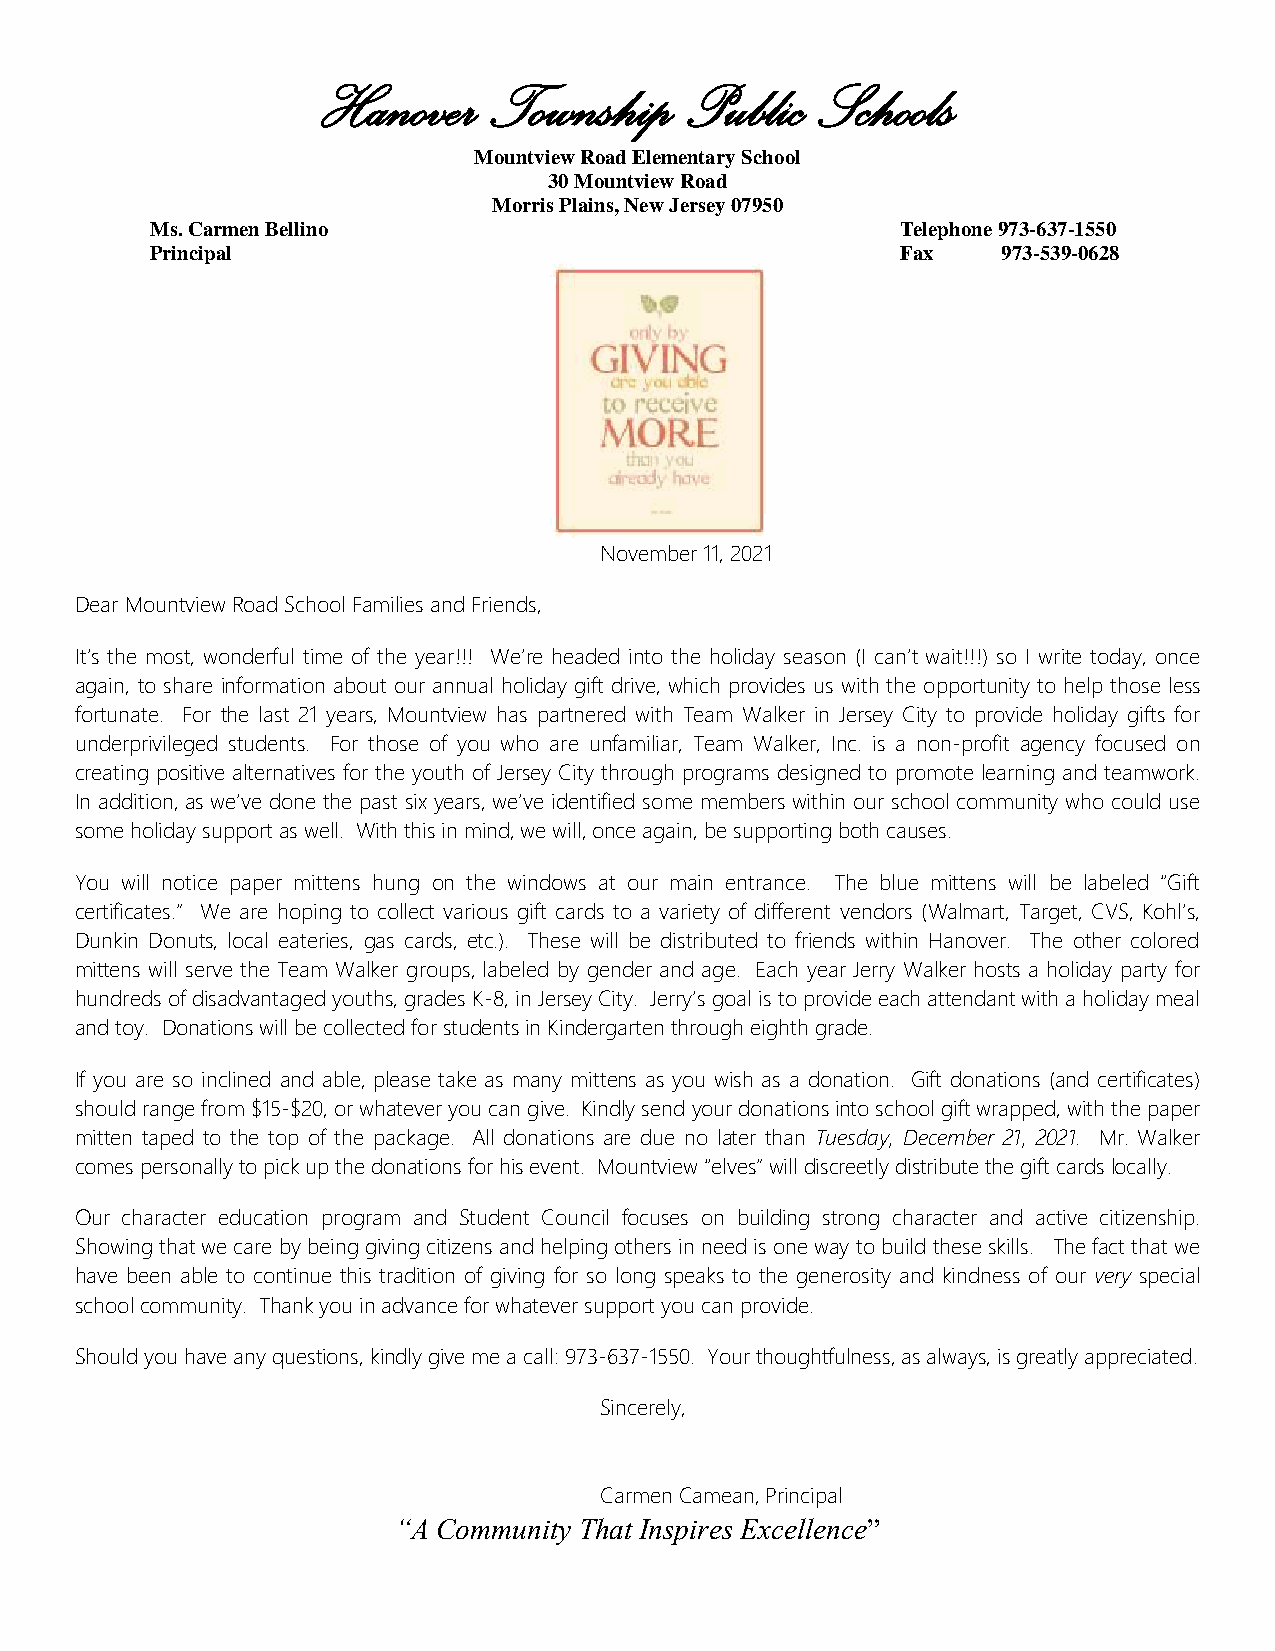
Hanover    Township     Public   Schools
 Mountview Road Elementary School
 30 Mountview Road
 Morris Plains, New Jersey 07950
 Ms. Carmen Bellino                                Telephone 973-637-1550
 Principal                                         Fax   973-539-0628
 November 11, 2021
 Dear Mountview Road School Families and Friends,
 It’s the most, wonderful time of the year!!! We’re headed into the holiday season (I can’t wait!!!) so I write today, once
 again, to share information about our annual holiday gift drive, which provides us with the opportunity to help those less
 fortunate. For the last 21 years, Mountview has partnered with Team Walker in Jersey City to provide holiday gifts for
 underprivileged students. For those of you who are unfamiliar, Team Walker, Inc. is a non-profit agency focused on
 creating positive alternatives for the youth of Jersey City through programs designed to promote learning and teamwork.
 In addition, as we’ve done the past six years, we’ve identified some members within our school community who could use
 some holiday support as well. With this in mind, we will, once again, be supporting both causes.
 You will notice paper mittens hung on the windows at our main entrance. The blue mittens will be labeled “Gift
 certificates.” We are hoping to collect various gift cards to a variety of different vendors (Walmart, Target, CVS, Kohl’s,
 Dunkin Donuts, local eateries, gas cards, etc.). These will be distributed to friends within Hanover. The other colored
 mittens will serve the Team Walker groups, labeled by gender and age. Each year Jerry Walker hosts a holiday party for
 hundreds of disadvantaged youths, grades K-8, in Jersey City. Jerry’s goal is to provide each attendant with a holiday meal
 and toy. Donations will be collected for students in Kindergarten through eighth grade.
 If you are so inclined and able, please take as many mittens as you wish as a donation. Gift donations (and certificates)
 should range from $15-$20, or whatever you can give. Kindly send your donations into school gift wrapped, with the paper
 mitten taped to the top of the package. All donations are due no later than Tuesday, December 21, 2021. Mr. Walker
 comes personally to pick up the donations for his event. Mountview “elves” will discreetly distribute the gift cards locally.
 Our character education program and Student Council focuses on building strong character and active citizenship.
 Showing that we care by being giving citizens and helping others in need is one way to build these skills. The fact that we
 have been able to continue this tradition of giving for so long speaks to the generosity and kindness of our very special
 school community. Thank you in advance for whatever support you can provide.
 Should you have any questions, kindly give me a call: 973-637-1550. Your thoughtfulness, as always, is greatly appreciated.
 Sincerely,
 Carmen Camean, Principal
 “A Community That Inspires Excellence”